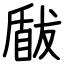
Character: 瞂